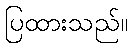
ပြထားသည်။